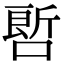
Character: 𠻡